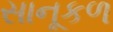
સાનૂકળ